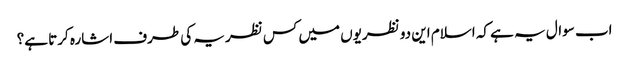
اب سوال یہ ہے کہ اسلام این دو نظریوں میں کس نظریہ کی طرف اشارہ کرتا ہے؟